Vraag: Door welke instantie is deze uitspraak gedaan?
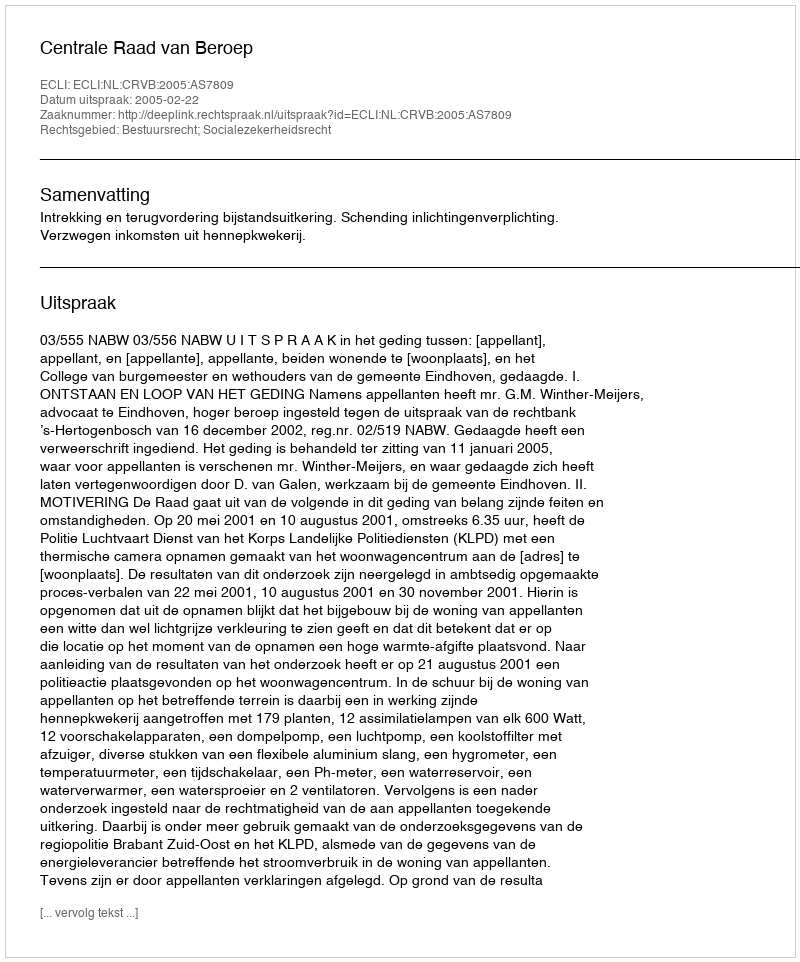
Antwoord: Centrale Raad van Beroep